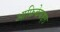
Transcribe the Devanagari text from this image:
आफ्रिकेबद्दल